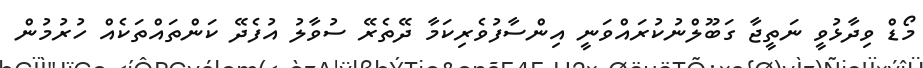
މޯޑް ވިދާޅުވީ ނަތީޖާ ގަބޫލްނުކުރައްވަނީ އިންސާފުވެރިކަމާ ދޭތެރޭ ސުވާލު އުފެދޭ ކަންތައްތަކެއް ހުރުމުން